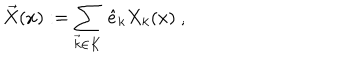
\vec { X } ( x ) : = \sum _ { \vec { k } \in K } \, \hat { e } _ { k } X _ { k } ( x ) \; , \hspace { 1 c m }